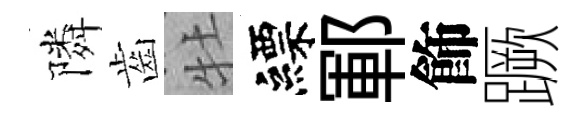
隣齒牡縹鄆飾蹶